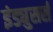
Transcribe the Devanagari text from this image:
इंड्युसर्स